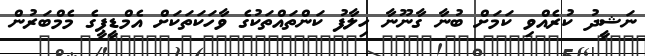
ނަޝީދު ކުރެއްވި ކަމަށް ބުނާ ގާނޫނާ ހިލާފު ކަންތައްތަކުގެ ވާހަކަތަކަށް އެމްޑީޕީގެ މެމްބަރުން